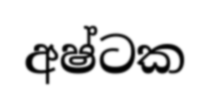
අෂ්ටක